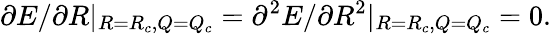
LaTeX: \partial E/\partial R|_{R=R_{c},Q=Q_{c}}=\partial^{2}E/\partial R^{2}|_{R=R_{c},Q=Q_{c}}=0.